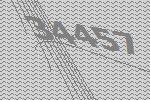
34457